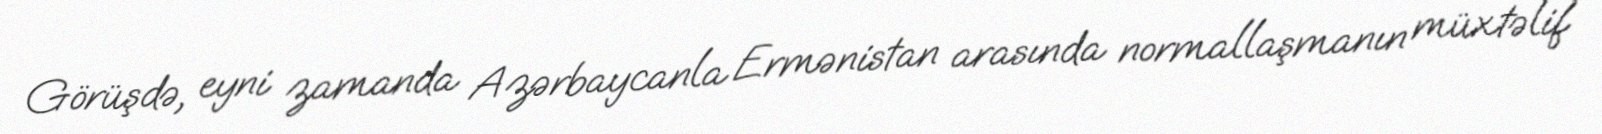
Görüşdə, eyni zamanda Azərbaycanla Ermənistan arasında normallaşmanın müxtəlif